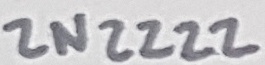
Text: 2N2222